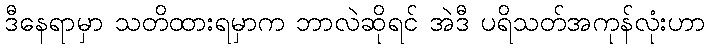
ဒီနေရာမှာ သတိထားရမှာက ဘာလဲဆိုရင် အဲဒီ ပရိသတ်အကုန်လုံးဟာ